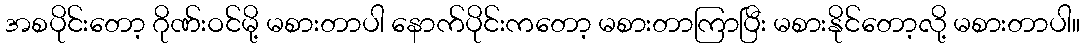
အစပိုင်းတော့ ဂိုဏ်းဝင်မို့ မစားတာပါ နောက်ပိုင်းကတော့ မစားတာကြာပြီး မစားနိုင်တော့လို့ မစားတာပါ။